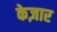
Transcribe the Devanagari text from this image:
केज़ार